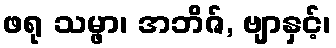
ဖရု သမ္ဖာ၊ အဘိဇ်, ဗျာနှင့်၊